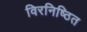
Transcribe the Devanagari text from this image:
विरनिष्ठित